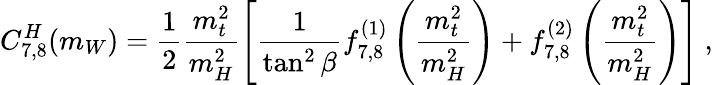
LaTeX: C_{7,8}^{H}(m_{W})=\frac{1}{2}\frac{m_{t}^{2}}{m_{H}^{2}}\left[\frac{1}{\tan^{2}\beta}f_{7,8}^{(1)}\left(\frac{m_{t}^{2}}{m_{H}^{2}}\right)+f_{7,8}^{(2)}\left(\frac{m_{t}^{2}}{m_{H}^{2}}\right)\right]\ ,